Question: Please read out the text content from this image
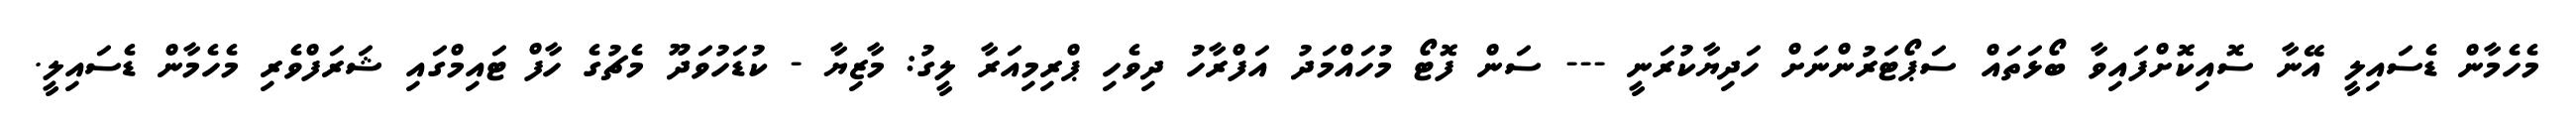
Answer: މެހެމާން ޑެސައިލީ އޭނާ ސޮއިކޮށްފައިވާ ބޯޅަތައް ސަޕޯޓަރުންނަށް ހަދިޔާކުރަނީ --- ސަން ފޮޓޯ މުހައްމަދު އަފްރާހު ދިވެހި ޕްރިމިއަރާ ލީގު: މާޒިޔާ - ކުޑަހުވަދޫ މެޗުގެ ހާފް ޓައިމްގައި ޝަރަފްވެރި މެހެމާން ޑެސައިލީ.